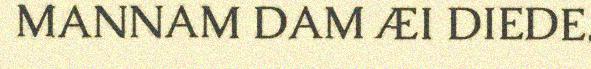
MANNAM DAM ÆI DIEDE.